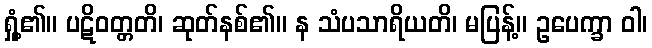
ရှုံ့၏။ ပဋိဝတ္တတိ၊ ဆုတ်နစ်၏။ န သံပသာရိယတိ၊ မပြန့်။ ဥပေက္ခာ ဝါ၊